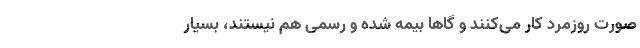
صورت روزمرد کار می‌کنند و گاهاً بیمه‌ شده و رسمی هم نیستند، بسیار